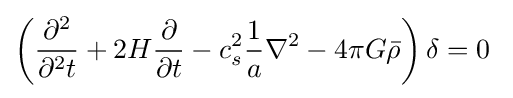
\left({\frac {\partial ^{2}}{\partial ^{2}t}}+2H{\frac {\partial }{\partial t}}-c_{s}^{2}{\frac {1}{a}}\nabla ^{2}-4\pi G{\bar {\rho }}\right)\delta =0~